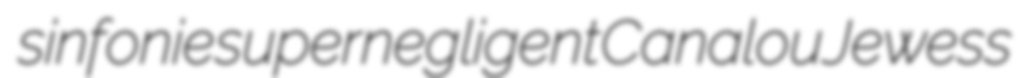
sinfonie supernegligent Canalou Jewess